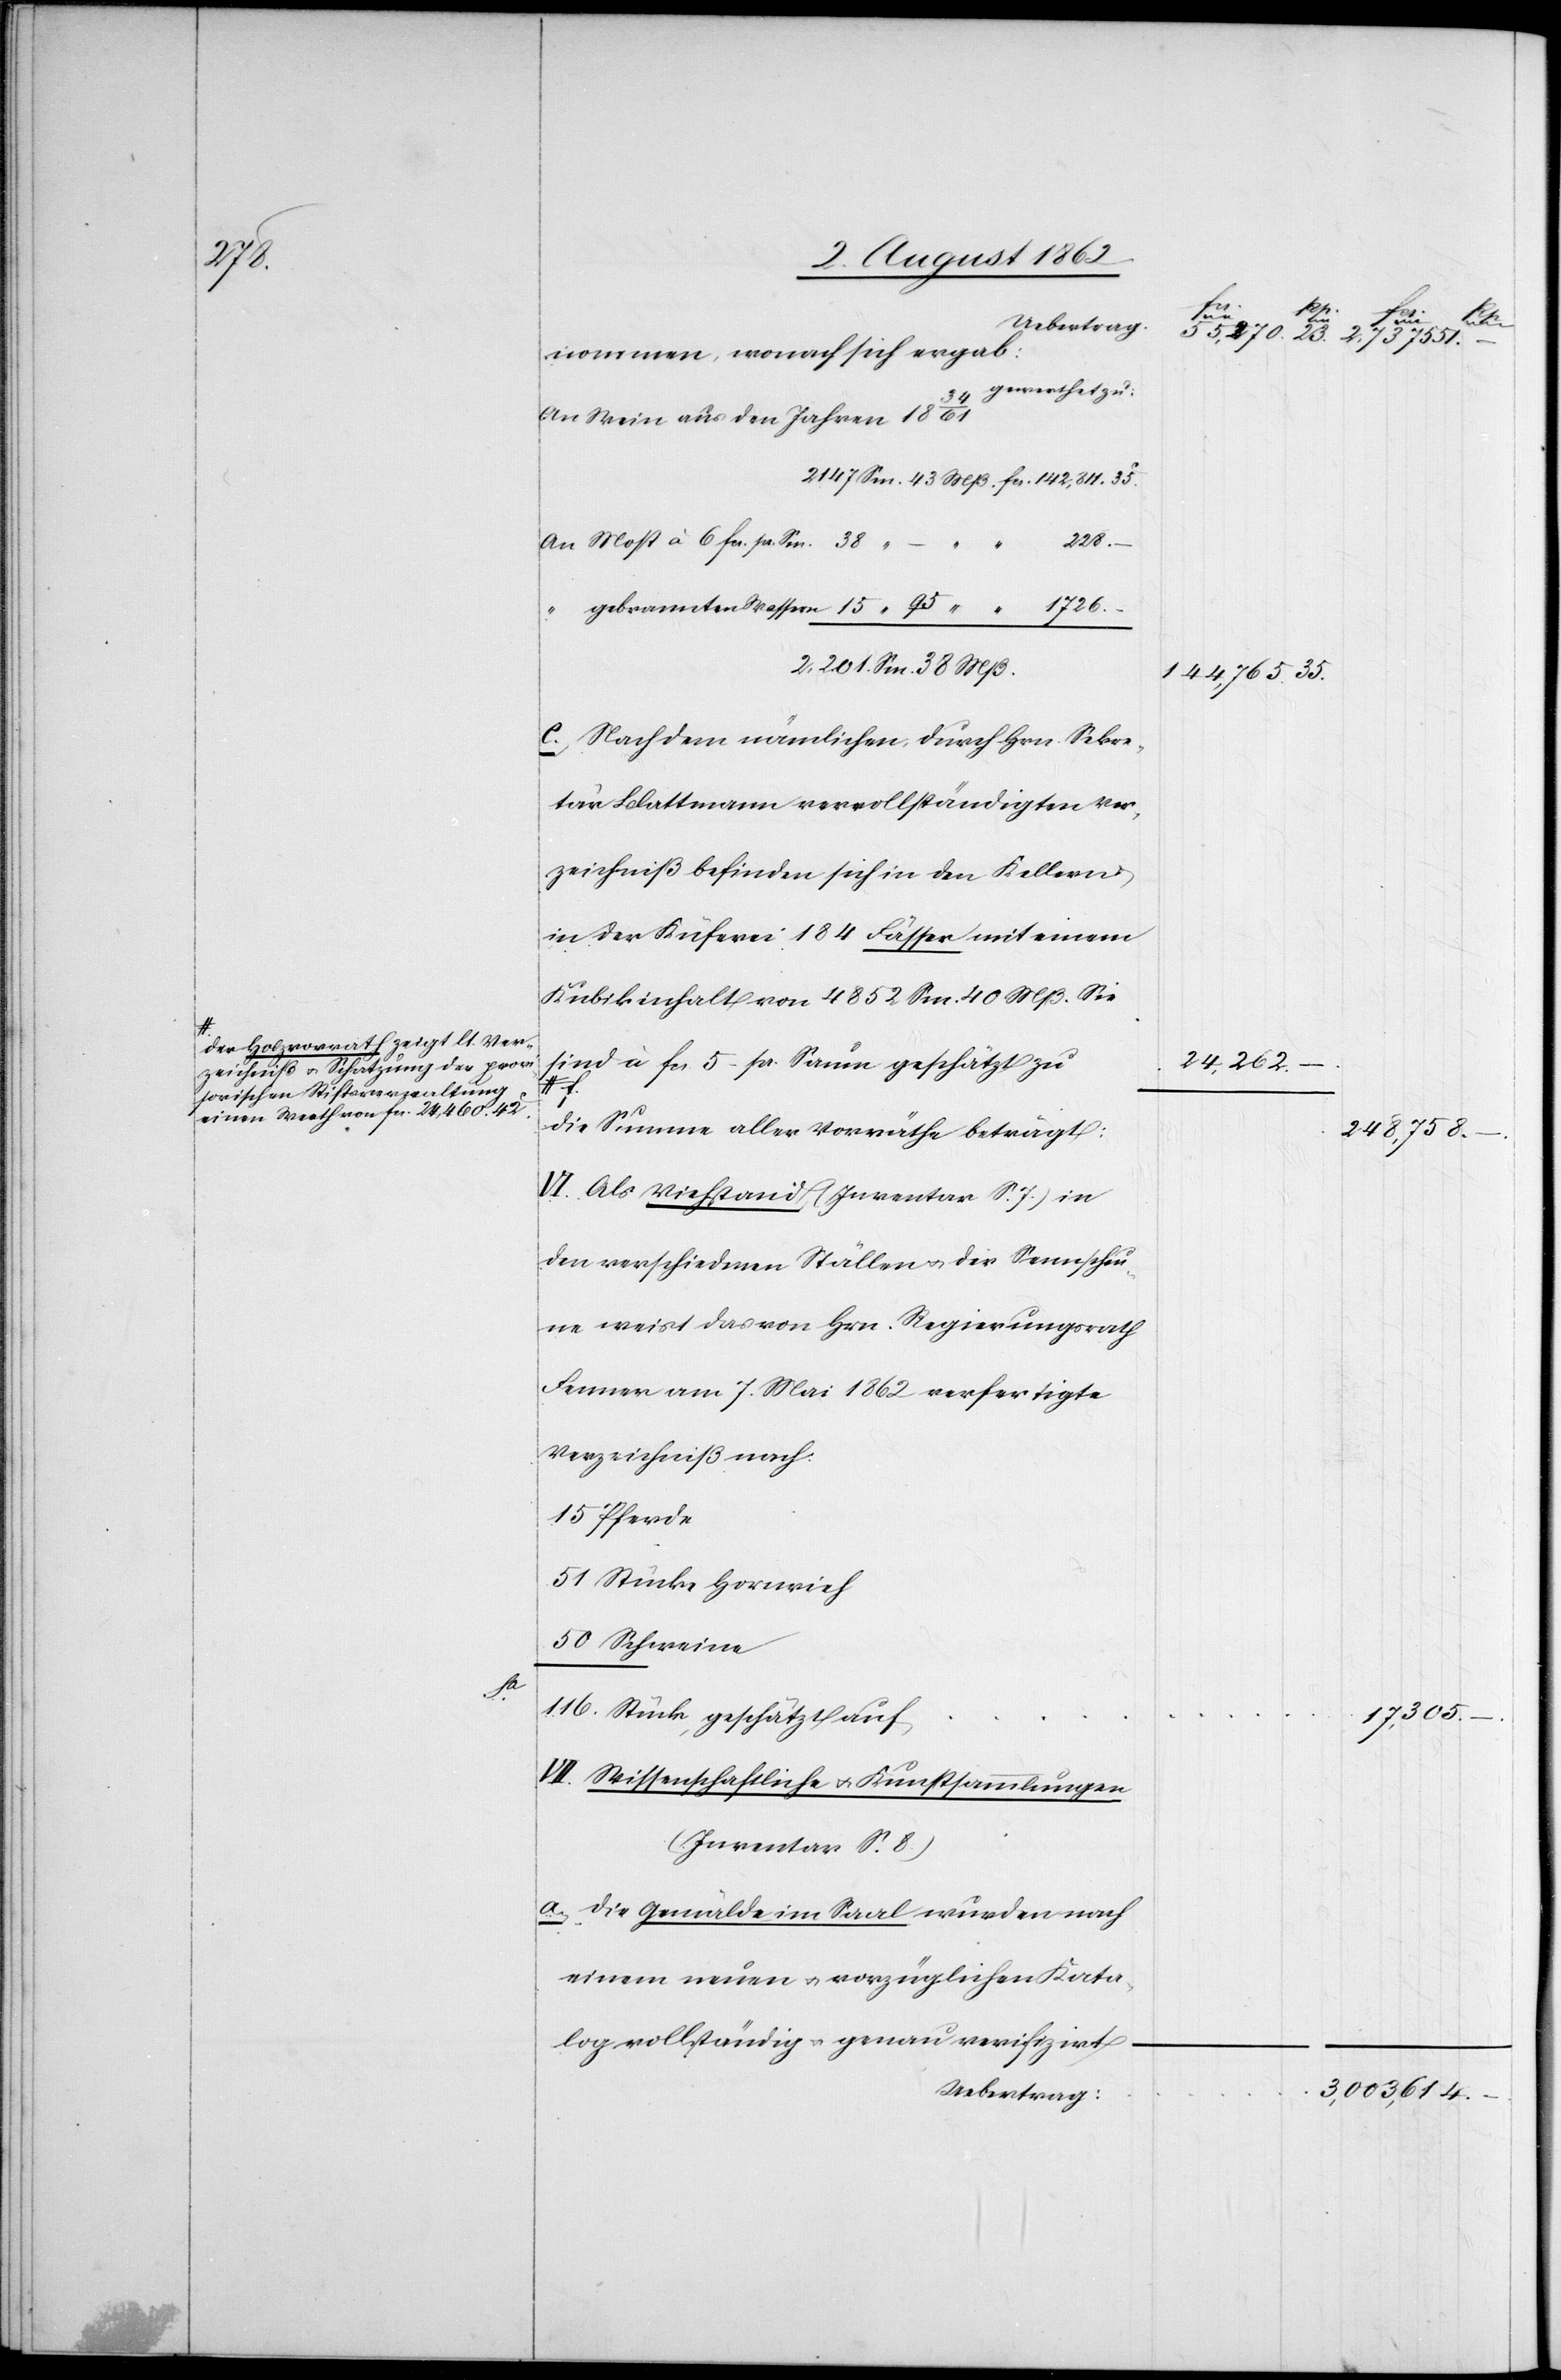
1726.
a-Der Holzvorrath zeigt lt. Ver¬
zeichniß u. Schatzung ei. prov¬
isorischen Stiftsverwaltung
einen Werth von fcs. 24m460. 42c

nommen, wonach sich ergab:
gewerthet zu:
An Wein aus den Jahren 1834/61
2147 Sm. 43 Mß fcs. 142,811. 35c
An Most à 6 fcs. pr. Sm. 38
248,758.
15
2,201 Sn. 38. Mß.
c. Nach dem nämlichen, durch Hrn. Sekre¬
tär Blattmann vervollständigten Ver¬
zeichniß befinden sich in den Kellern
in der Küferei 184 Fässer mit einem
Kubikinhalt von 4852 Sm. 40 Mß. Sie
sind à fcs. 5 pr. Saum geschätzt zu
Die Summe aller Vorräthe beträgt:
VI. Als Viehstand (Inventar S. 7) in
den verschiedenen Ställen u. die Sennscheu¬
ne weist das von Hrn. Regierungsrath
Fenner am 7. Mai 1862 verfertigte
Verzeichniß nach
15 Pferde
51 Stücke Hornvieh
50 Schweine
116 Stück, geschätzt auf
VII. Wissenschaftliche u. Kunstsammlungen
(Inventar S. 8)
a. Die Gemälde im Saal wurden nach
einem neuen u. vorzüglichen Kata¬
log vollständig u. genau verifizirt
Uebertrag:

u.
–
24,262.
35.

17,305.